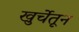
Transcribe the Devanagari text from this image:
खुर्चेतून